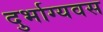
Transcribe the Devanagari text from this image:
दुर्भाग्यवस